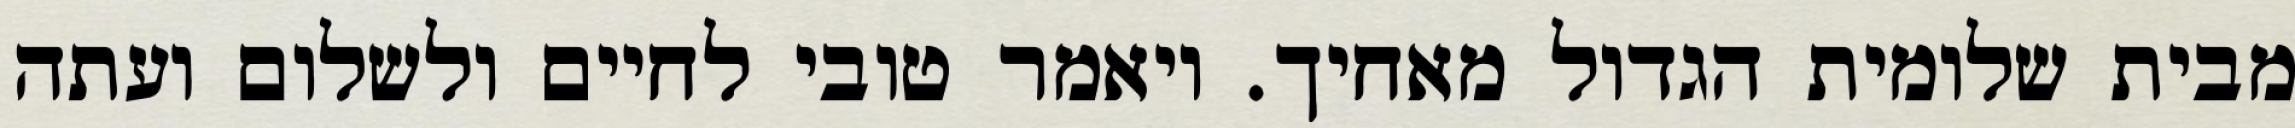
מבית שלומית הגדול מאחיך. ויאמר טובי לחיים ולשלום ועתה